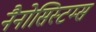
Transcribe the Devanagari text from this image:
नैनोसिस्टम्स